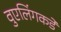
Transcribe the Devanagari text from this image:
वुएलिंगकडे